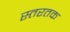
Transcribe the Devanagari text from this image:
स्तरतक